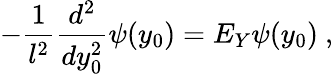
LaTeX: -\frac{1}{l^{2}}\frac{d^{2}}{dy_{0}^{2}}\psi(y_{0})=E_{Y}\psi(y_{0})\ ,